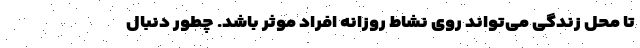
تا محل زندگی می‌تواند روی نشاط روزانه افراد موثر باشد. چطور دنبال